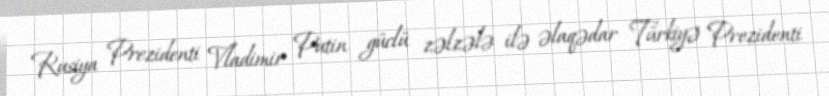
Rusiya Prezidenti Vladimir Putin güclü zəlzələ ilə əlaqədar Türkiyə Prezidenti